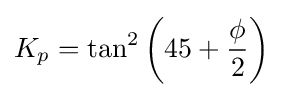
K_{p}=\tan ^{2}\left(45+{\frac {\phi }{2}}\right)\